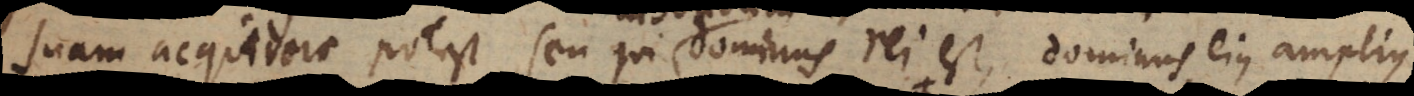
suam acquirere potest, seu qui dominus rei est, dominus ejus amplius